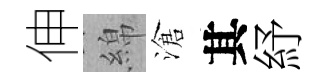
伸綿滄其紓